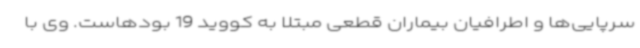
سرپایی‌ها و اطرافیان بیماران قطعی مبتلا به کووید 19 بودهاست. وی با